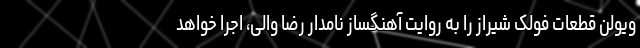
ویولن قطعات فولک شیراز را به روایت آهنگساز نامدار رضا والی، اجرا خواهد